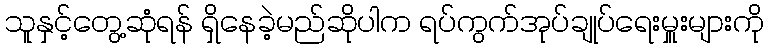
သူနှင့်တွေ့ဆုံရန် ရှိနေခဲ့မည်ဆိုပါက ရပ်ကွက်အုပ်ချုပ်ရေးမှူးများကို